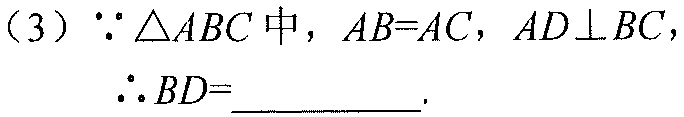
（3）\(\because\triangle ABC\)中，\(AB = AC\)，\(AD\perp BC\)，
\(\therefore BD = \underline{\quad\quad}\).